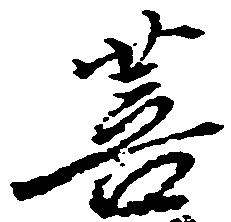
菩